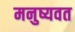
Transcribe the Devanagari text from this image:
मनुष्यवत